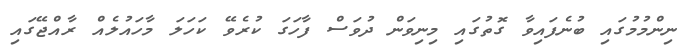
ނިންމުމުގައި ބުނެފައިވާ ގޮތުގައި މިނިވަން ދުވަސް ފާހަގަ ކުރެވޭ ކަހަލަ މާހައުލެއް ރާއްޖޭގައި